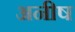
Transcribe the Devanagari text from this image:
अनीष